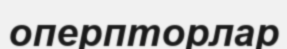
оперпторлар